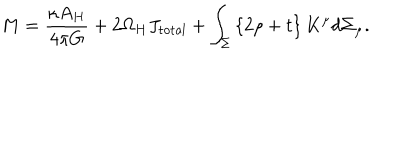
LaTeX: M = { \frac { \kappa A _ { H } } { 4 \pi G } } + 2 \Omega _ { H } J _ { \mathrm { t o t a l } } + \int _ { \Sigma } \left\{ 2 \rho + t \right\} K ^ { \mu } d \Sigma _ { \mu } .